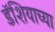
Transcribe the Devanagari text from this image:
डॅशियाच्या